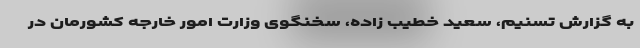
به گزارش تسنیم، سعید خطیب زاده، سخنگوی وزارت امور خارجه کشورمان در